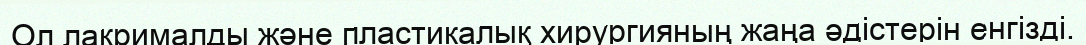
Ол лакрималды және пластикалық хирургияның жаңа әдістерін енгізді.